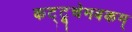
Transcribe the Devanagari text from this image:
कट्टूचेमबकम्